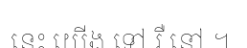
នេះ យើង ទៅ រឺ នៅ ។